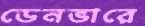
ডেনভারে